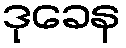
ဒုခေန